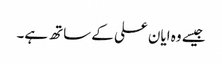
جیسے وہ ایان علی کے ساتھ ہے۔